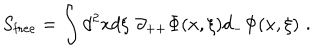
S _ { \mathrm { f r e e } } = \int d ^ { 2 } x d \xi \, \, \partial _ { + + } \Phi ( x , \xi ) d _ { - } \Phi ( x , \xi ) \, \, .